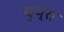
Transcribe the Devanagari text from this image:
चुप्रा